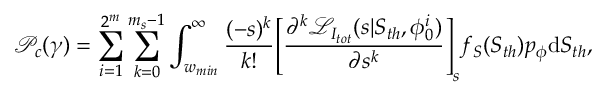
\mathcal { P } _ { c } ( \gamma ) = \sum _ { i = 1 } ^ { 2 ^ { m } } \sum _ { k = 0 } ^ { m _ { s } - 1 } \int _ { w _ { m i n } } ^ { \infty } \frac { ( - s ) ^ { k } } { k ! } { \Bigg [ \frac { \partial ^ { k } \mathcal { L } _ { I _ { t o t } } ( s | S _ { t h } , \phi _ { 0 } ^ { i } ) } { \partial { s ^ { k } } } \Bigg ] } _ { s } f _ { S } ( S _ { t h } ) p _ { \phi } \mathrm { d } S _ { t h } ,